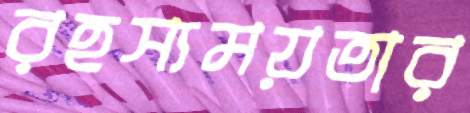
রহস্যময়তার